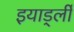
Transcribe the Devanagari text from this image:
इयार्ड्ली